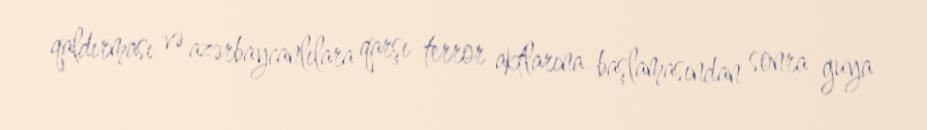
qaldırması və azərbaycanlılara qarşı terror aktlarına başlamasından sonra guya